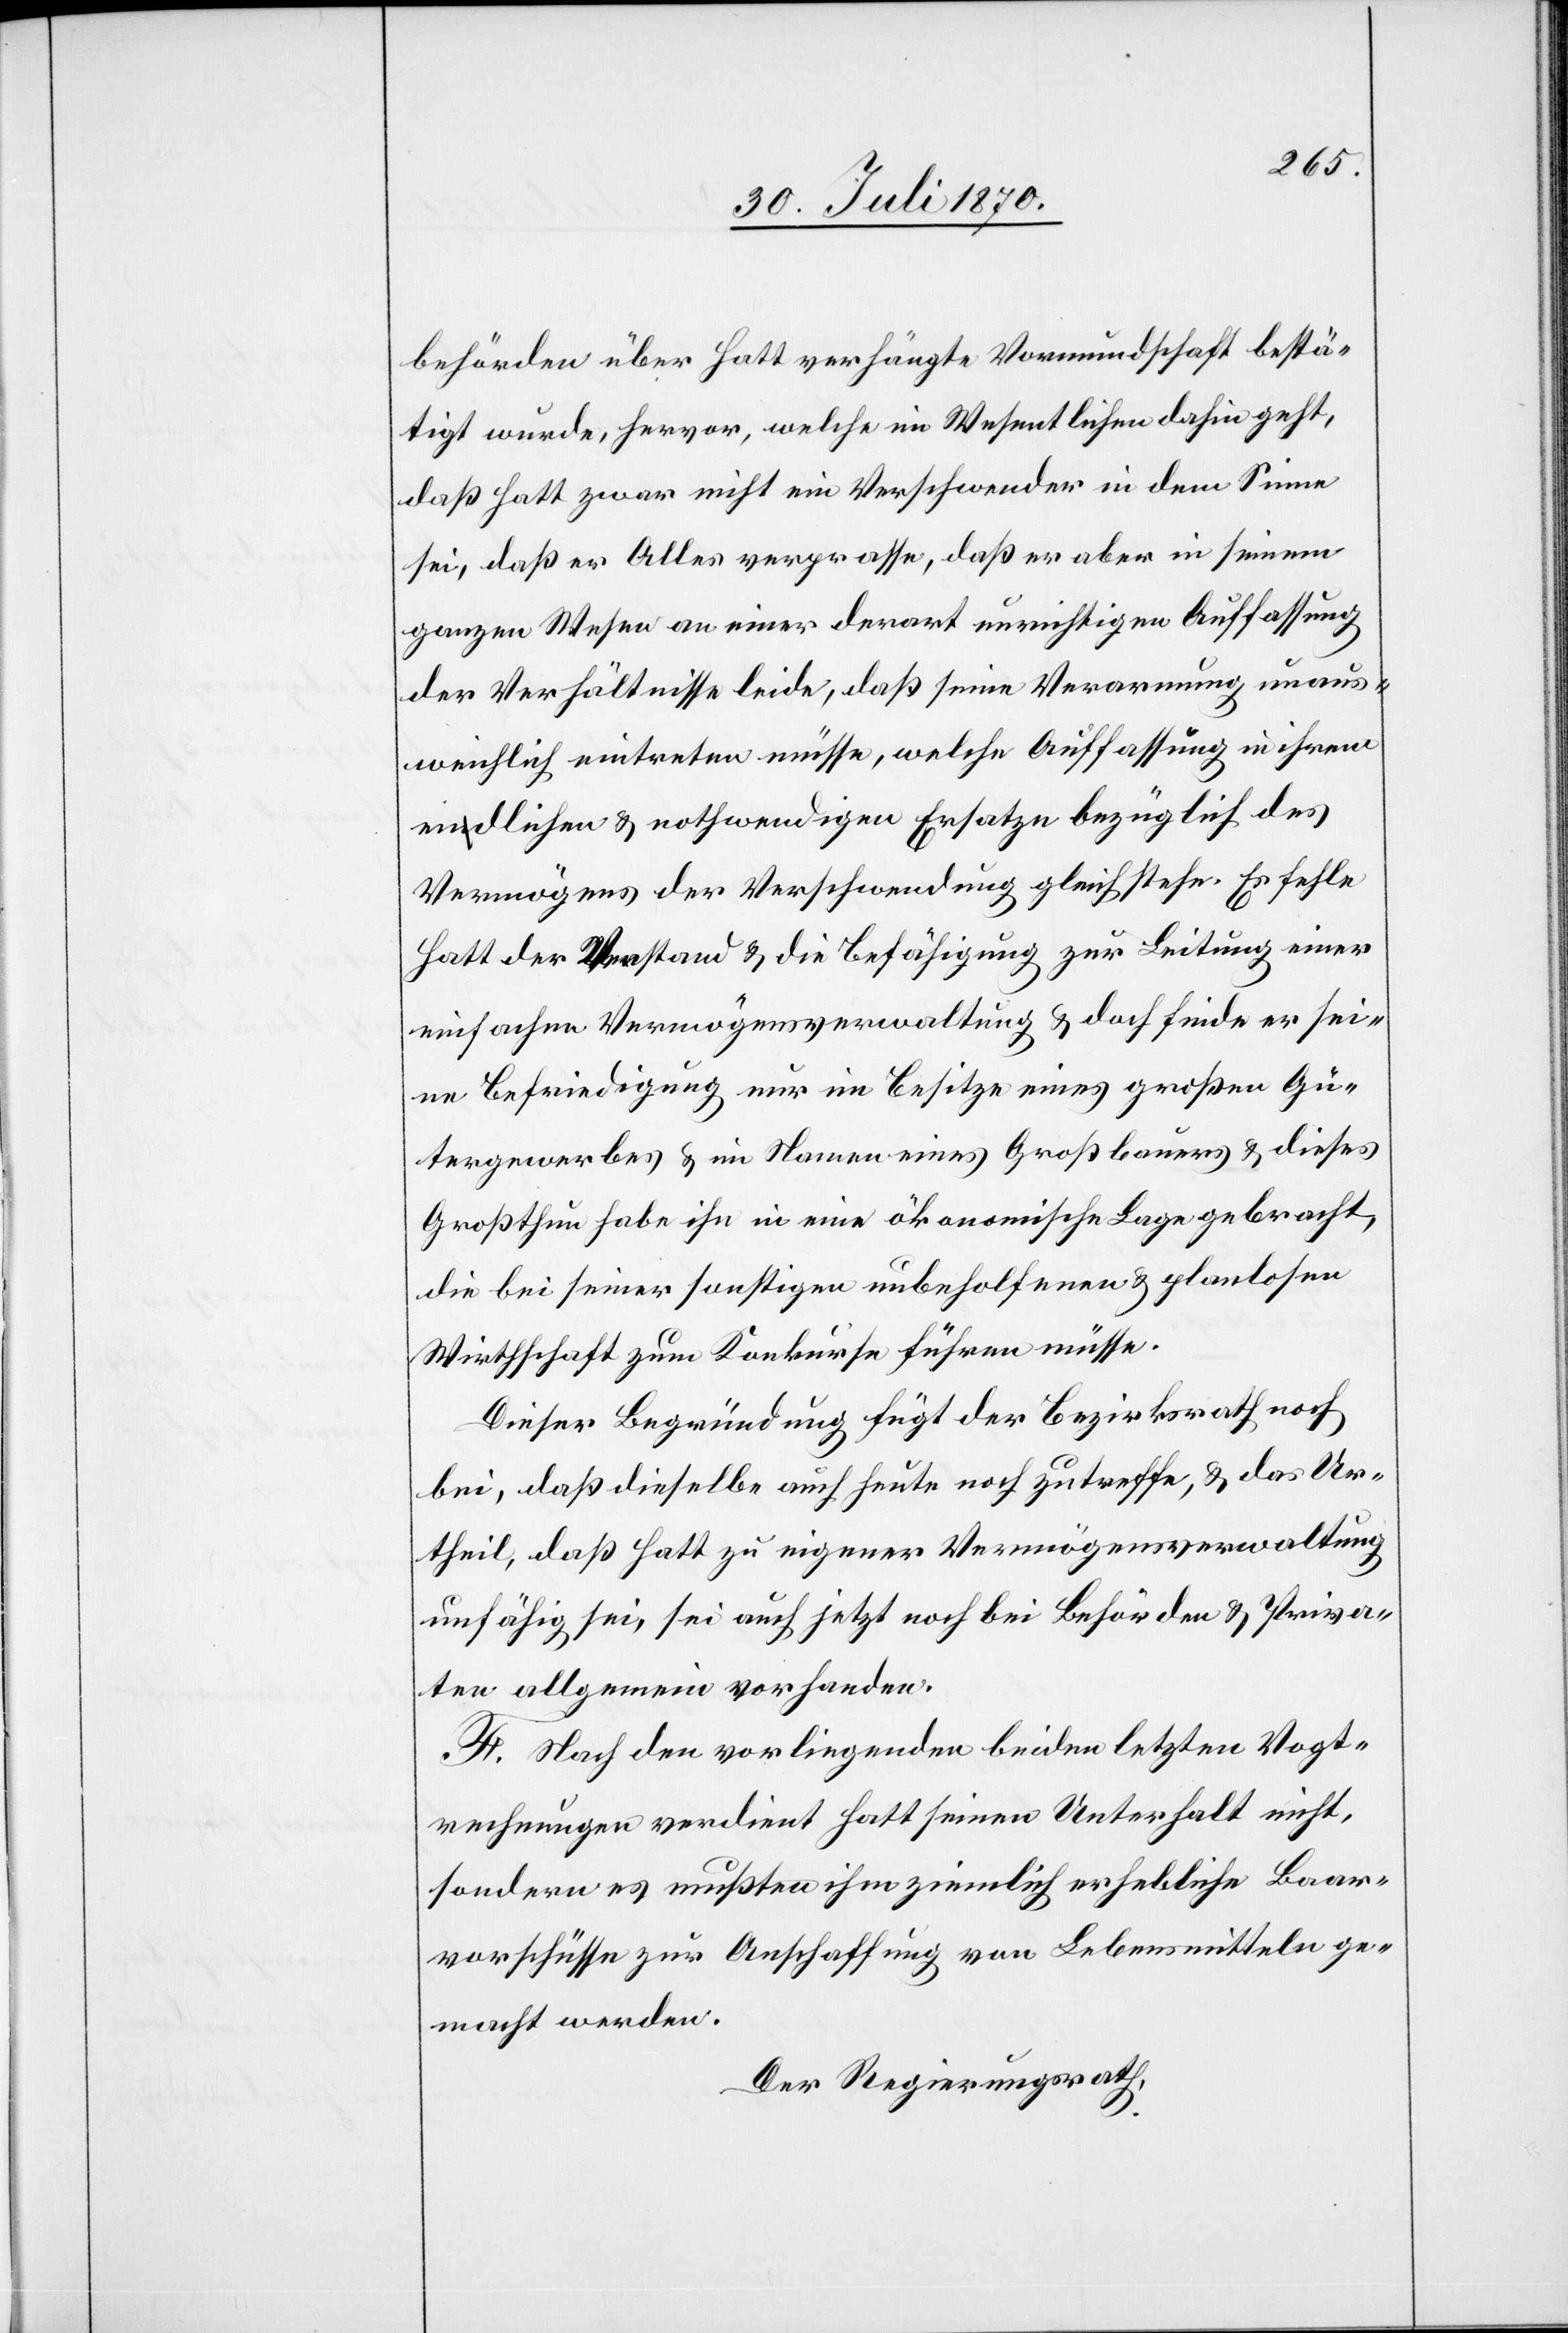
behörden über Hatt verhängte Vormundschaft bestä¬
tigt wurde, hervor, welche im Wesentlichen dahin geht,
daß Hatt zwar nicht ein Verschwender in dem Sinne
sei, daß er Alles verprasse, daß er aber in seinem
ganzen Wesen an einer derart unrichtigen Auffassung
der Verhältnisse leide, daß seine Verarmung unaus¬
weichlich eintreten müsse, welche Auffassung in ihrem
endlichen & nothwendigen Ersatze bezüglich des
Vermögens der Verschwendung gleichstehe. Es fehle
Hatt der Verstand & die Befähigung zur Leitung einer
einfachen Vermögensverwaltung & doch finde er sei¬
ne Befriedigung nur im Besitze eines großen Gü¬
tergewerbes & im Namen eines Großbauers & dieses
Großthun habe ihn in eine ökonomische Lage gebracht,
die bei seiner sonstigen unbeholfenen & planlosen
Wirthschaft zum Konkurse führen müsse.
Dieser Begründung fügt der Bezirksrath noch
bei, daß dieselbe auch heute noch zutreffe, & das Ur¬
theil, daß Hatt zu eigener Vermögensverwaltung
unfähig sei, seich auch jetzt noch bei Behörden & Priva¬
ten allgemein vorhanden.
F. Nach den vorliegenden beiden letzten Vogt¬
rechnungen verdient Hatt seinen Unterhalt nicht,
sondern es mußten ihm ziemlich erhebliche Baar¬
vorschüsse zur Anschaffung von Lebensmitteln ge¬
macht werden.
Der Regierungsrath,